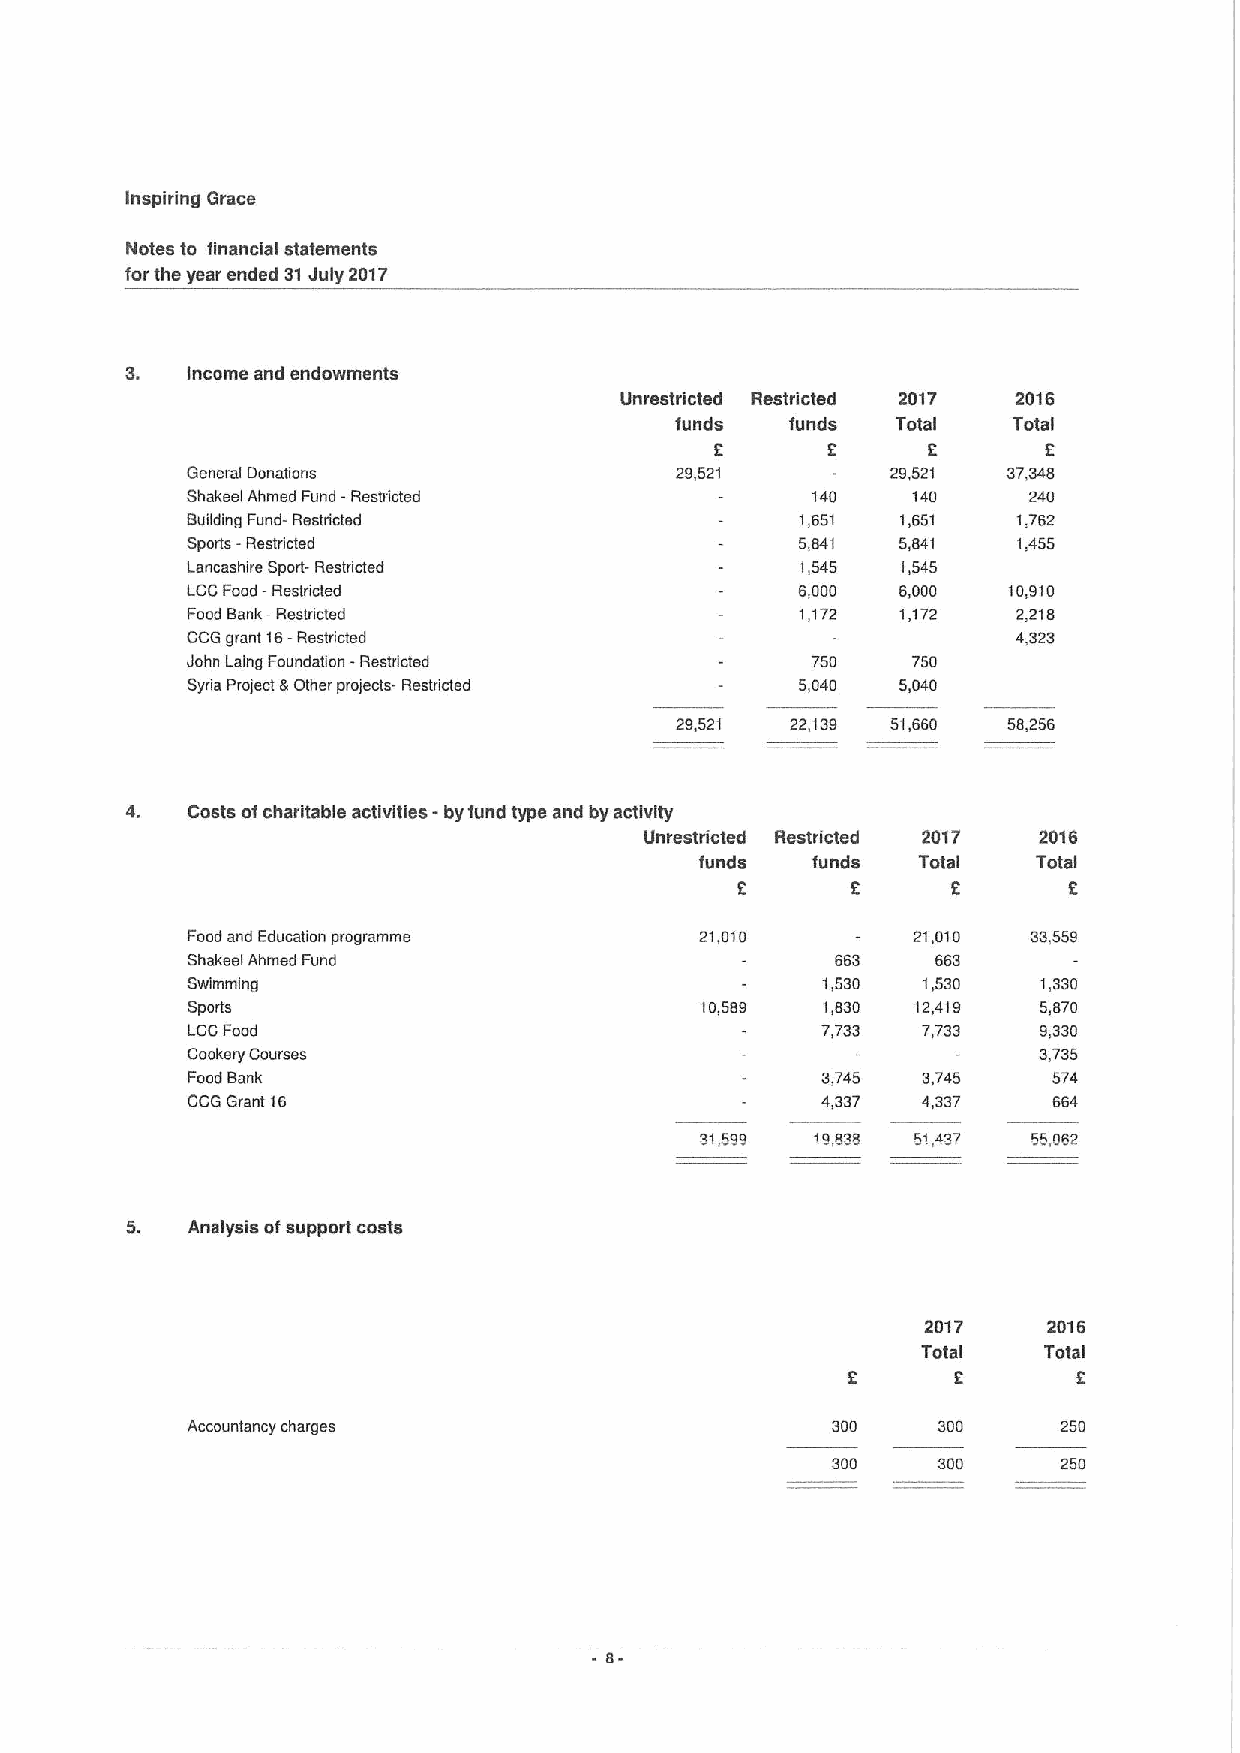
Inspiring Grace
 Notes to financial statements
 forthe year ended 31July 2017
 3.  Income and endowments
 Unrestricted Restricted 2017 2016
 funds  funds  Total   Total
 2       2     2       2
 General Donations                29,521        29,521  37,348
 Shakeel Ahmed Fund -Restricted            140   140     240
 Building Fund- Restricted                1,651  1,651  1,762
 Sports -Restricted                       5,841  5,841  1,455
 Lancashire Sport- Restrikaed             1,545  1,545
 LCCFood -Restricted                      6,000  6,000  10,910
 Food Bank —Restricted                    1,172  1,172  2,218
 CCG grant 16-Restricted                                4,323
 John Laing Foundation -Restncted          750   750
 Syria Project 8Other projects- Restrided 5,040  5,040
 29,521 22,139 51,660  58,256
 Costs ofcharitable activities - byfund type and by activity
 Unrestricted Restricted 20'I7 2016
 funds   funds  Total   Total
 0      2      2       2
 Food and Education programme      21,010        m,ot0   33,559
 Shakeel Ahmed Fund                         663    663
 Swimming                                  1,530  1,530   1,330
 Sports                            10,589  1,830  12,419  5,870
 LCCFood                                   7733   7733    9,330
 Cookery Courses                                          3,735
 Food Bank                                 3,745  3,745    574
 CCG Grant 16                              4,337  4,337    664
 91499   1o898  51 497
 5.  Analysis ofsupport costs
 2017    2016
 Total   Total
 2      0       2
 Accountancy charges                        300    300     250
 300    300     250